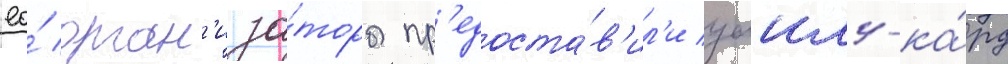
ео́ орган'иза́торы пр'едоста́в'ил'и уаилд-ка́рд